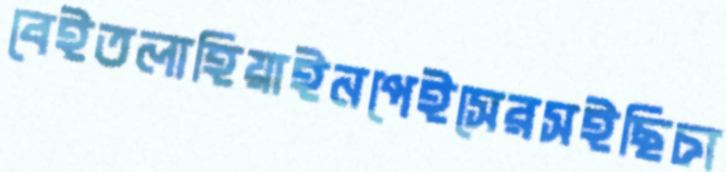
বেইতলাহিয়াইনপেইসেরসইছিচা